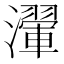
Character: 瀈